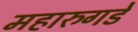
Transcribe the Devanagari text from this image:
महारुगडे